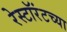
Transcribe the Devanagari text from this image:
रेस्टॉरंटच्या